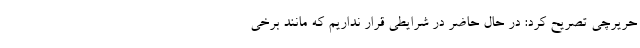
حریرچی تصریح کرد: در حال حاضر در شرایطی قرار نداریم که مانند برخی